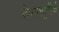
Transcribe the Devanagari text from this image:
येण्यापूवीर्च